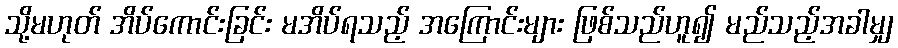
သို့မဟုတ် အိပ်ကောင်းခြင်း မအိပ်ရသည့် အကြောင်းများ ဖြစ်သည်ဟူ၍ မည်သည့်အခါမျှ